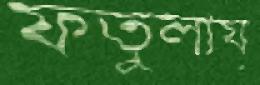
ফতুলায়